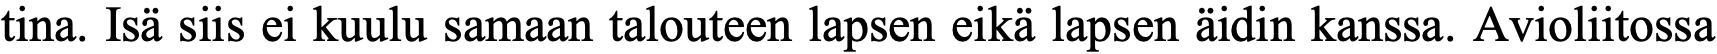
tina. Isä siis ei kuulu samaan talouteen lapsen eikä lapsen äidin kanssa. Avioliitossa